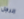
الرجل